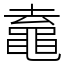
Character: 鼁